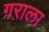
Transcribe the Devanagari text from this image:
गराला